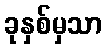
ခုနှစ်မှသာ